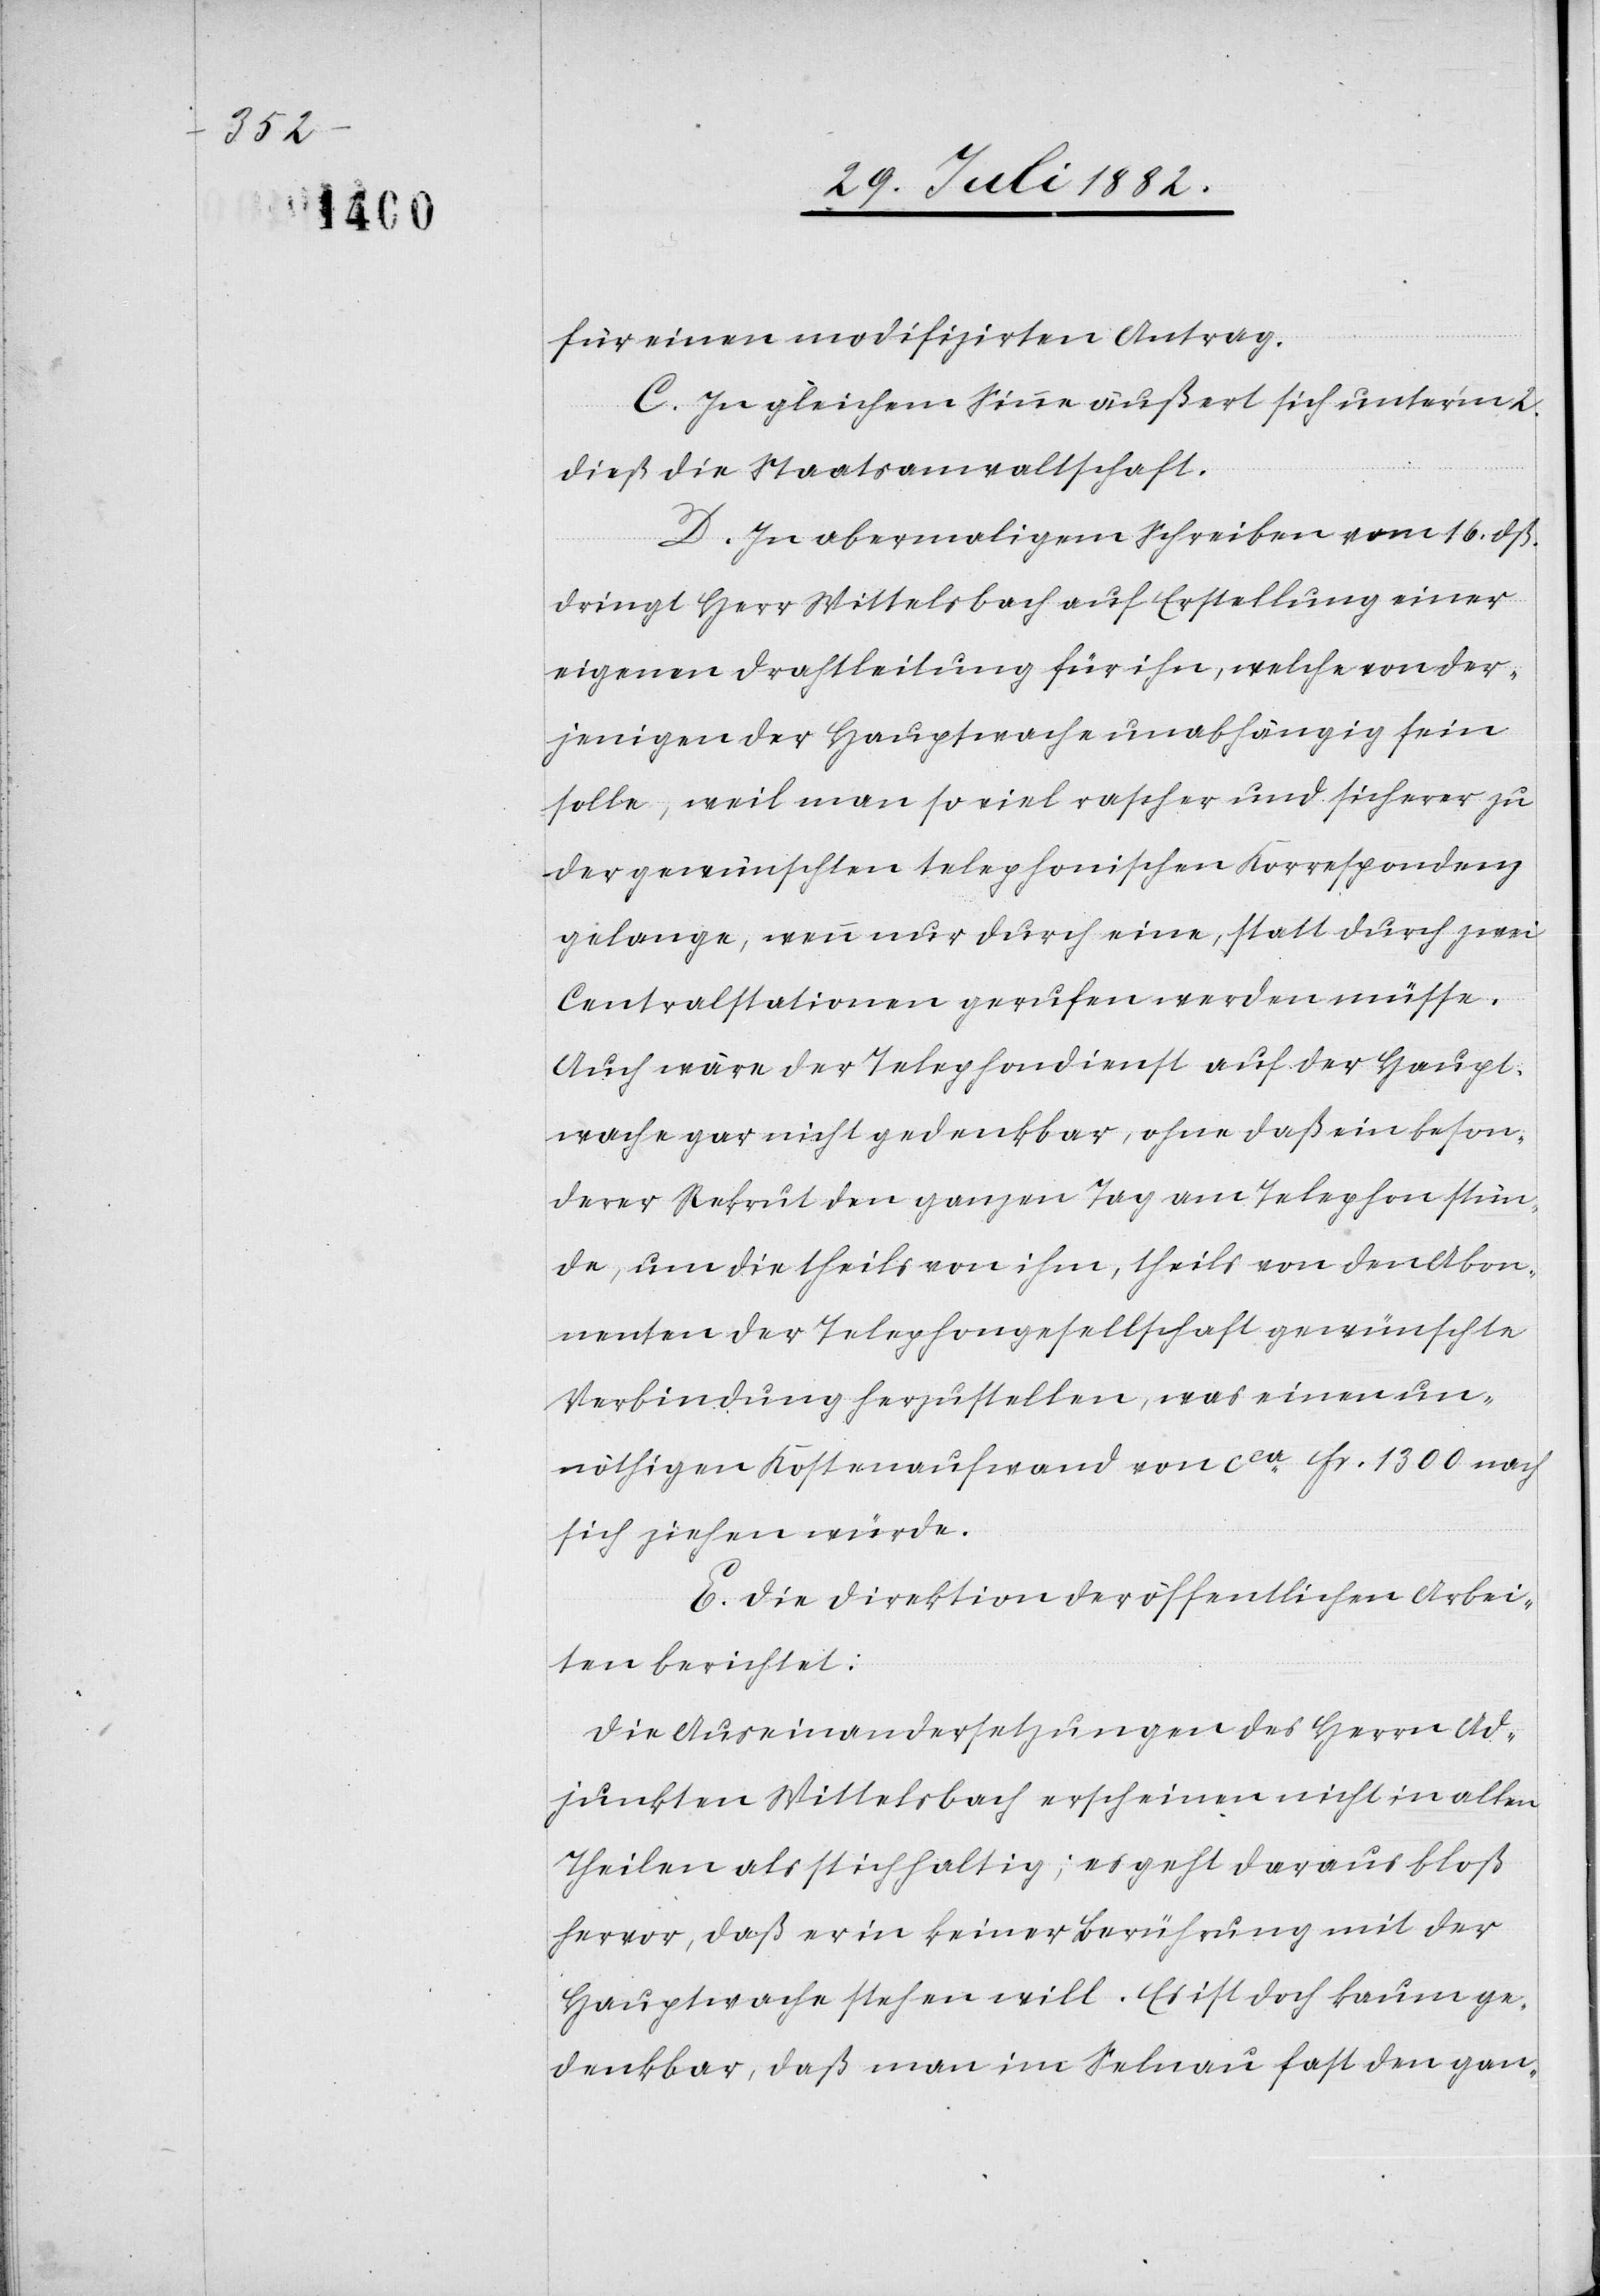
für einen modifizirten Antrag.
C. In gleichem Sinne äußert sich unter’m 2.
dieß die Staatsanwaltschaft.
D. In abermaligem Schreiben vom 16. dß.
dringt Herr Wittelsbach auf Erstellung einer
eigenen Drahtleitung für ihn, welche von der¬
jenigen der Hauptwache unabhängig sein
solle, weil man so viel rascher und sicherer zu
der gewünschten telephonischen Korrespondenz
gelange, wenn nur durch eine, statt durch zwei
Centralstationen gerufen werden müsse.
Auch wäre der Telephondienst auf der Haupt¬
wache gar nicht gedenkbar, ohne daß ein beson¬
derer Rekrut den ganzen Tag am Telephon stün¬
de, um die theils von ihm, theils von den Abon¬
nenten der Telephongesellschaft gewünschte
Verbindung herzustellen, was einen un¬
nöthigen Kostenaufwand von ca Fr. 1300 nach
sich ziehen würde.
E. Die Direktion der öffentlichen Arbei¬
ten berichtet:
Die Auseinandersetzungen des Herrn Ad¬
junkten Wittelsbach erscheinen nicht in allen
Theilen als stichhaltig; es geht daraus bloß
hervor, daß er in keiner Berührung mit der
Hauptwache stehen will. Es ist doch kaum ge¬
denkbar, daß man im Selnau fast den gan-